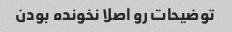
توضیحات رو اصلا نخونده بودن